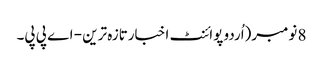
8 نومبر(اُردو پوائنٹ اخبارتازہ ترین - اے پی پی۔